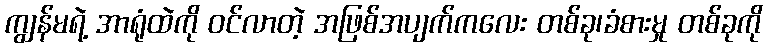
ကျွန်မရဲ့ အာရုံထဲကို ဝင်လာတဲ့ အဖြစ်အပျက်ကလေး တစ်ခု၊ခံစားမှု တစ်ခုကို